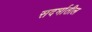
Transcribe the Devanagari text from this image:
सदर्भातील